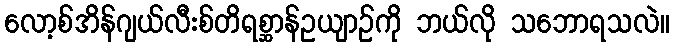
လော့စ်အိန်ဂျယ်လီးစ်တိရစ္ဆာန်ဥယျာဉ်ကို ဘယ်လို သဘောရသလဲ။